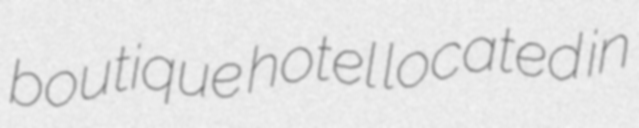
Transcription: boutique hotel located in